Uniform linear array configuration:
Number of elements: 16
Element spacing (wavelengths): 0.75
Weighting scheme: hann
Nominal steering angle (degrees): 45
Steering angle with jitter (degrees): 46.328
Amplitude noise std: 0.05
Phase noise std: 0.05

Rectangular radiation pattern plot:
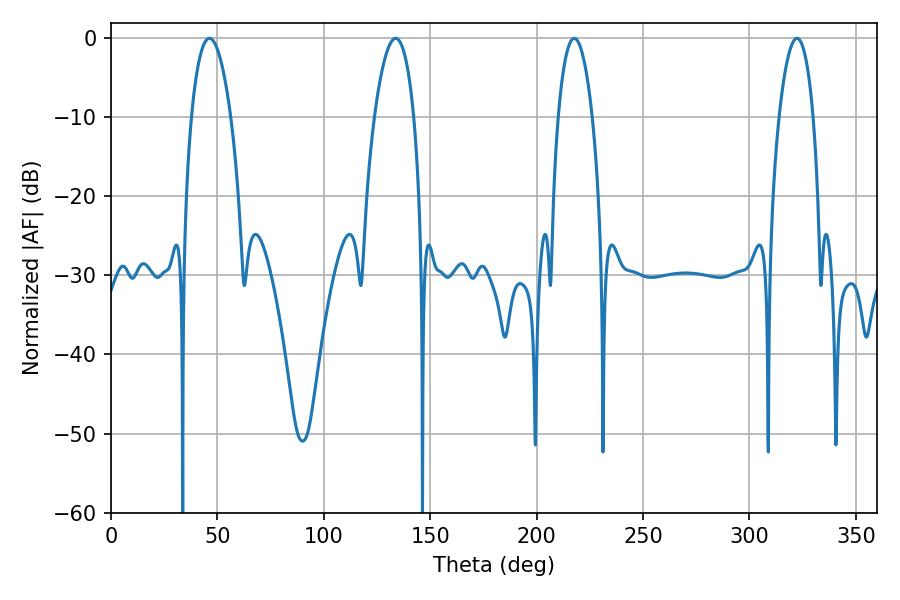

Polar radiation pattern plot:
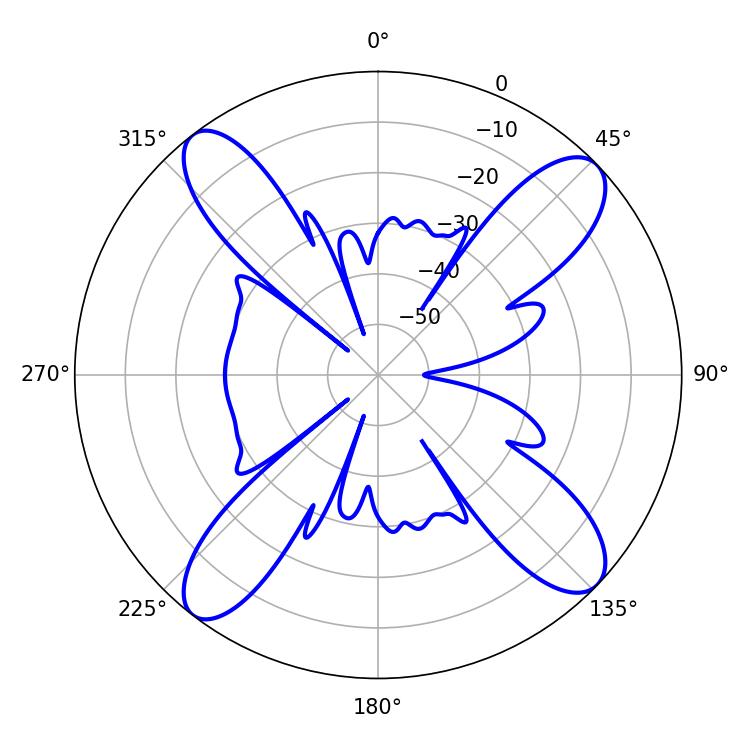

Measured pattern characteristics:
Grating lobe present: TRUE
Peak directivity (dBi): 14.331
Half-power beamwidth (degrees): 10.26
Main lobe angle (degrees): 46.26